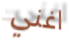
اغني